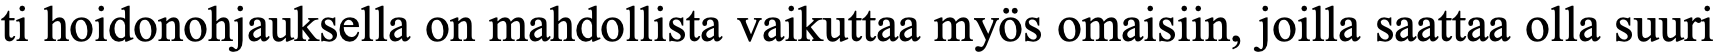
ti hoidonohjauksella on mahdollista vaikuttaa myös omaisiin, joilla saattaa olla suuri